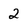
Character: 2